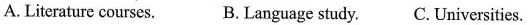
A. Literature courses. B.Language study. C.Universities.